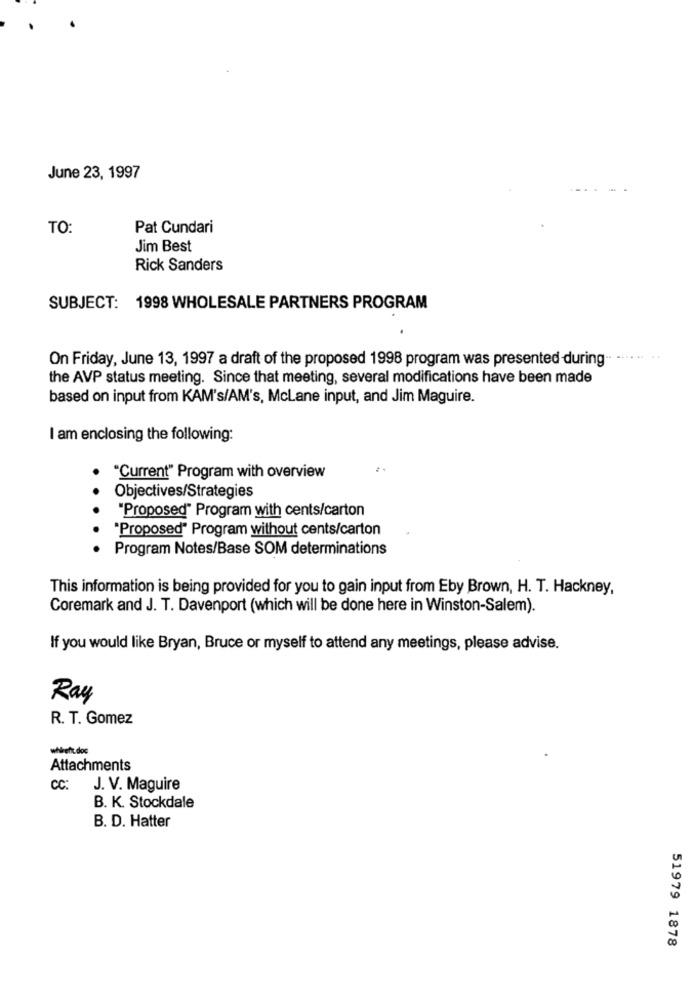
June 23, 1997
TO:
Pat Cundari
Jim Best
Rick Sanders
SUBJECT: 1998 WHOLESALE PARTNERS PROGRAM
On Friday, June 13, 1997 a draft of the proposed 1998 program was presented during
the AVP status meeting. Since that meeting, several modifications have been made
based on input from KAM's/AM's, McLane input, and Jim Maguire.
I am enclosing the following:
2.
"Current" Program with overview
Objectives/Strategies
"Proposed" Program with cents/carton
"Proposed" Program without cents/carton
. .
Program Notes/Base SOM determinations
This information is being provided for you to gain input from Eby Brown, H. T. Hackney,
Coremark and J. T. Davenport (which will be done here in Winston-Salem).
If you would like Bryan, Bruce or myself to attend any meetings, please advise.
Ray
R. T. Gomez
wheeft doc
Attachments
CC: J. V. Maguire
B. K. Stockdale
B. D. Hatter
51979 1878